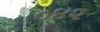
૦૪૨